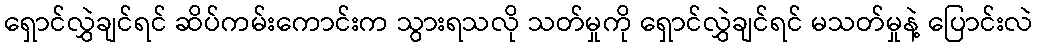
ရှောင်လွှဲချင်ရင် ဆိပ်ကမ်းကောင်းက သွားရသလို သတ်မှုကို ရှောင်လွှဲချင်ရင် မသတ်မှုနဲ့ ပြောင်းလဲ